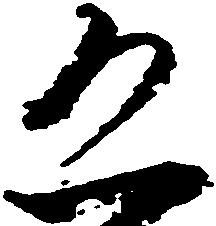
恐